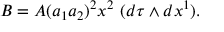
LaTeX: B = A ( a _ { 1 } a _ { 2 } ) ^ { 2 } x ^ { 2 } \, \, ( d \tau \wedge d x ^ { 1 } ) .